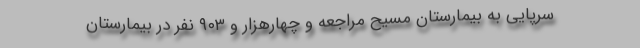
سرپایی به بیمارستان مسیح مراجعه و چهارهزار و ۹۰۳ نفر در بیمارستان